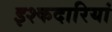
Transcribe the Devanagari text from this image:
इश्कदारियां